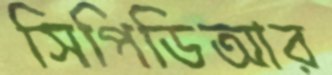
সিপিডিআর